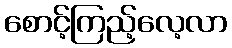
စောင့်ကြည့်လေ့လာ